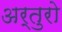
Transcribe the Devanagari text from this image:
अर्तुरो